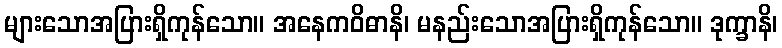
များသောအပြားရှိကုန်သော။ အနေကဝိဓာနိ၊ မနည်းသောအပြားရှိကုန်သော။ ဒုက္ခာနိ၊